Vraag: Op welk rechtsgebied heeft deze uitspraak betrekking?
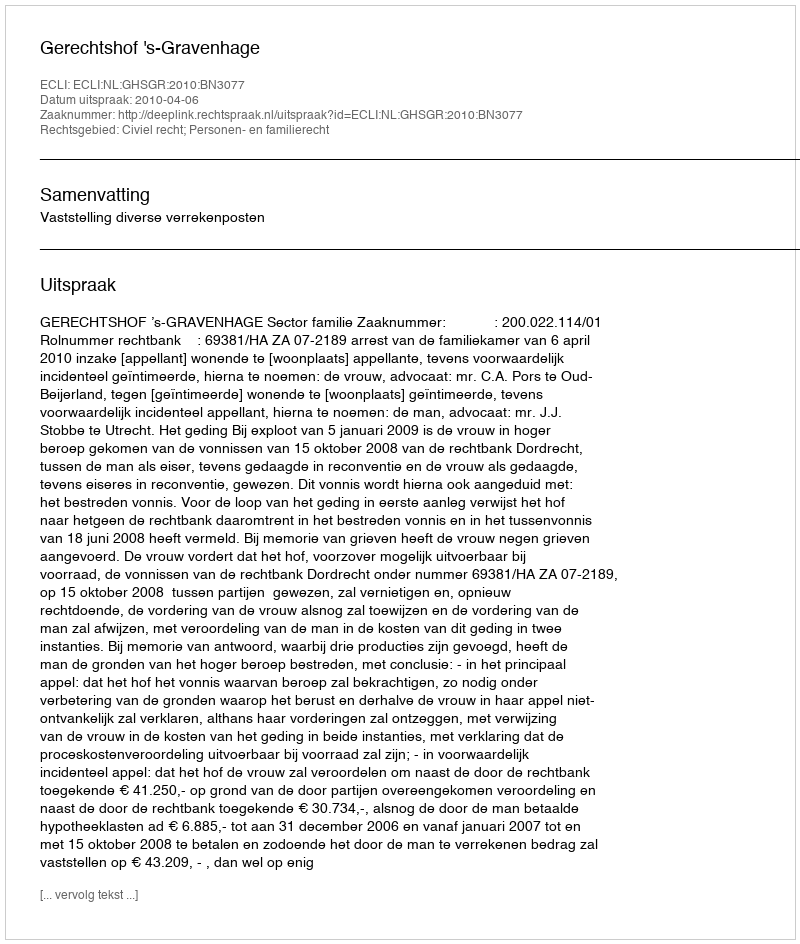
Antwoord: Civiel recht; Personen- en familierecht